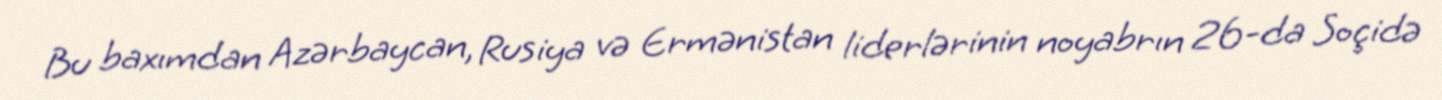
Bu baxımdan Azərbaycan, Rusiya və Ermənistan liderlərinin noyabrın 26-da Soçidə